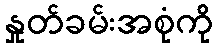
နှုတ်ခမ်းအစုံကို